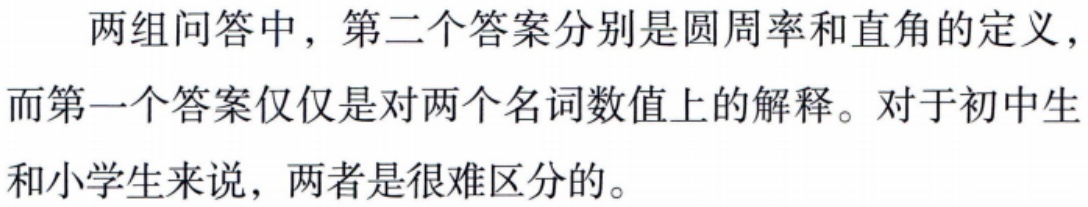
两组问答中，第二个答案分别是圆周率和直角的定义，而第一个答案仅仅是对两个名词数值上的解释。对于初中生和小学生来说，两者是很难区分的。